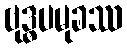
ဗုဒ္ဓပမုခဿ